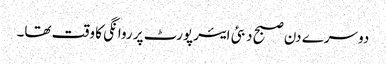
دوسرے دن صبح دبئی ایئرپورٹ پر روانگی کا وقت تھا۔